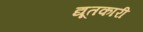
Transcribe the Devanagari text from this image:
द्यूतकारी